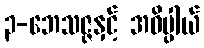
၃-ဘေသဇ္ဇနှင့် အဓိပ္ပါယ်